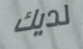
لديك